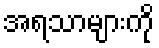
အရသာများကို